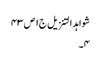
شواہد التنزیل ج١ ص ٤٣
٤۔